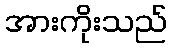
အားကိုးသည်